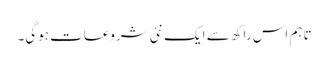
تاہم اس راکھ سے ایک نئی شروعات ہوگی۔